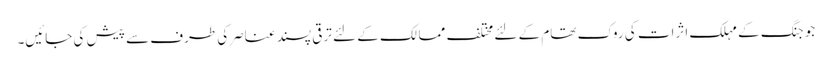
جو جنگ کے مہلک اثرات کی روک تھام کے لئے مختلف ممالک کے لئے ترقی پسند عناصرکی طرف سے پیش کی جائیں۔